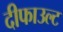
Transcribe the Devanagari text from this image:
दीफाउल्ट